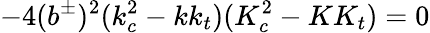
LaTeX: -4(b^{\pm})^{2}(k_{c}^{2}-kk_{t})(K_{c}^{2}-KK_{t})=0